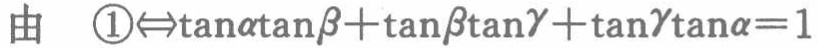
由  \textcircled{1}$\Leftrightarrow\tan\alpha\tan\beta+\tan\beta\tan\gamma+\tan\gamma\tan\alpha = 1$